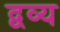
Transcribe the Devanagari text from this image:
द्वव्य